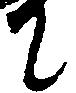
に